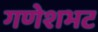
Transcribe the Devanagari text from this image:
गणेशभट